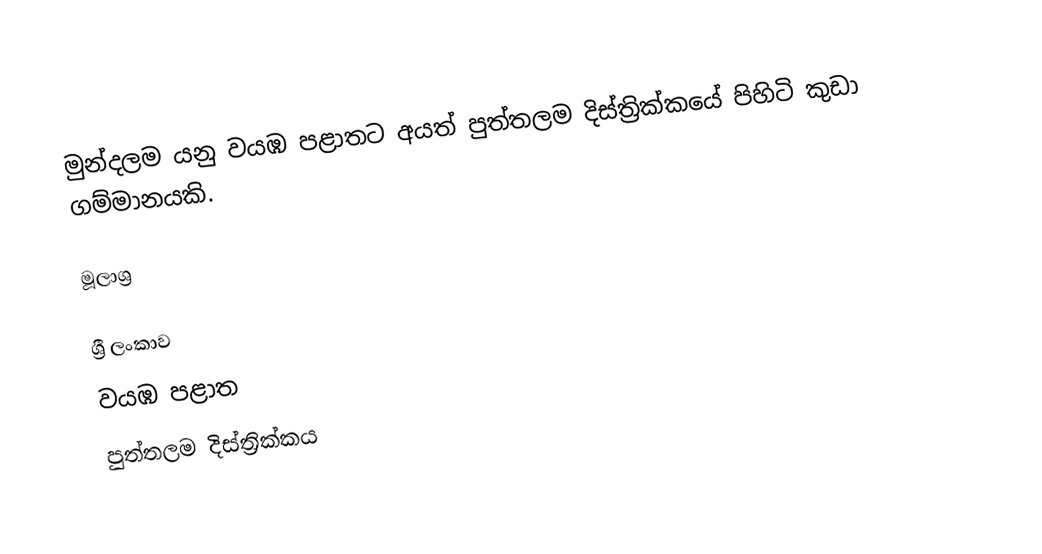
මුන්දලම යනු වයඹ පළාතට අයත් පුත්තලම දිස්ත්‍රික්කයේ පිහිටි  කුඩා ගම්මානයකි.

මූලාශ්‍ර

ශ්‍රී ලංකාව
වයඹ පළාත
පුත්තලම දිස්ත්‍රික්කය